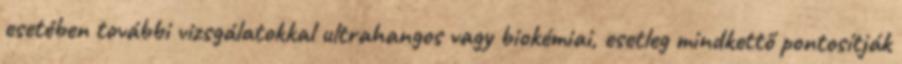
esetében további vizsgálatokkal ultrahangos vagy biokémiai, esetleg mindkettő pontosítják